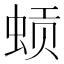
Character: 𬠈